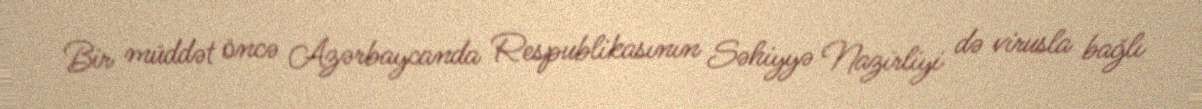
Bir müddət öncə Azərbaycanda Respublikasının Səhiyyə Nazirliyi də virusla bağlı